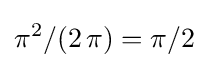
\pi ^{2}/(2\,\pi )=\pi /2